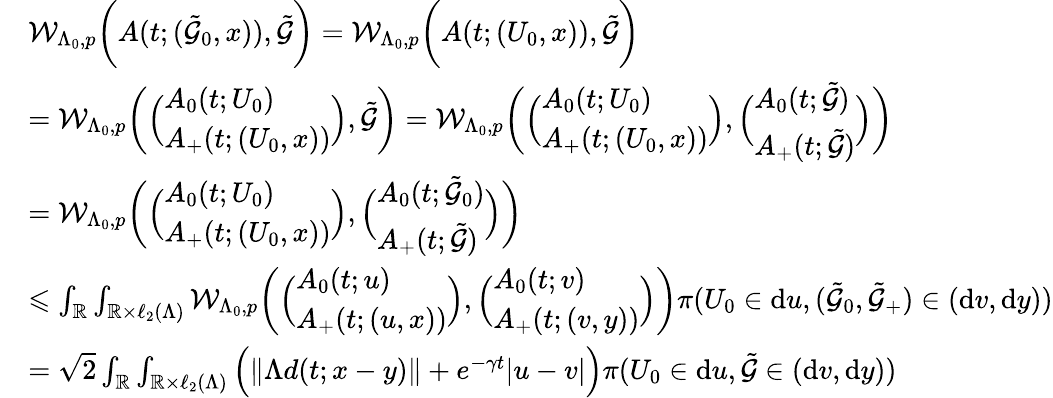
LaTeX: \begin{array}{rl}&{\mathcal{W}_{\Lambda_{0},p}\bigg(A(t;(\tilde{\mathcal{G}}_{0},x)),\tilde{\mathcal{G}}\bigg)=\mathcal{W}_{\Lambda_{0},p}\bigg(A(t;(U_{0},x)),\tilde{\mathcal{G}}\bigg)}\\ &{=\mathcal{W}_{\Lambda_{0},p}\bigg(\Big(\begin{array}{l}{A_{0}(t;U_{0})}\\ {A_{+}(t;(U_{0},x))}\end{array}\Big),\tilde{\mathcal{G}}\bigg)=\mathcal{W}_{\Lambda_{0},p}\bigg(\Big(\begin{array}{l}{A_{0}(t;U_{0})}\\ {A_{+}(t;(U_{0},x))}\end{array}\Big),\Big(\begin{array}{l}{A_{0}(t;\tilde{\mathcal{G}})}\\ {A_{+}(t;\tilde{\mathcal{G}})}\end{array}\Big)\bigg)}\\ &{=\mathcal{W}_{\Lambda_{0},p}\bigg(\Big(\begin{array}{l}{A_{0}(t;U_{0})}\\ {A_{+}(t;(U_{0},x))}\end{array}\Big),\Big(\begin{array}{l}{A_{0}(t;\tilde{\mathcal{G}}_{0})}\\ {A_{+}(t;\tilde{\mathcal{G}})}\end{array}\Big)\bigg)}\\ &{\leqslant\int_{\mathbb{R}}\int_{\mathbb{R}\times\ell_{2}(\Lambda)}\mathcal{W}_{\Lambda_{0},p}\bigg(\Big(\begin{array}{l}{A_{0}(t;u)}\\ {A_{+}(t;(u,x))}\end{array}\Big),\Big(\begin{array}{l}{A_{0}(t;v)}\\ {A_{+}(t;(v,y))}\end{array}\Big)\bigg)\pi(U_{0}\in\mathrm{d}u,(\tilde{\mathcal{G}}_{0},\tilde{\mathcal{G}}_{+})\in(\mathrm{d}v,\mathrm{d}y))}\\ &{={\sqrt{2}}\int_{\mathbb{R}}\int_{\mathbb{R}\times\ell_{2}(\Lambda)}\Big(\| \Lambda d(t;x-y)\| +e^{-\gamma t}|u-v|\Big)\pi(U_{0}\in\mathrm{d}u,\tilde{\mathcal{G}}\in(\mathrm{d}v,\mathrm{d}y))}\end{array}